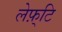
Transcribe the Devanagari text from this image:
लेफ़्टि